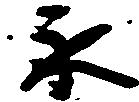
永